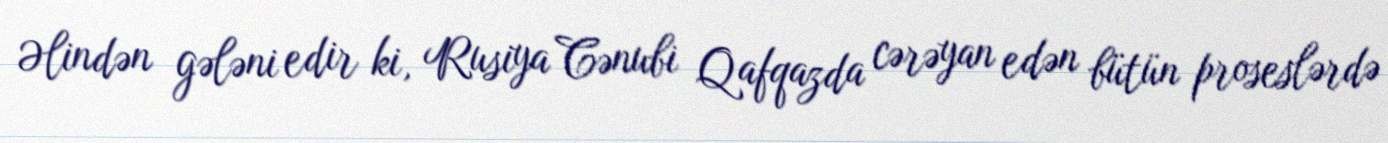
Əlindən gələni edir ki, Rusiya Cənubi Qafqazda cərəyan edən bütün proseslərdə